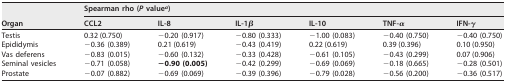
<table><thead><tr><td rowspan="2"><b>Organ</b></td><td colspan="6"><b>Spearman rho (<i>P</i> value<sup><i>a</i></sup>)</b></td></tr><tr><td><b>CCL2</b></td><td><b>IL-8</b></td><td><b>IL-1β</b></td><td><b>IL-10</b></td><td><b>TNF-α</b></td><td><b>IFN-γ</b></td></tr></thead><tbody><tr><td>Testis</td><td>0.32 (0.750)</td><td>−0.20 (0.917)</td><td>−0.80 (0.333)</td><td>−1.00 (0.083)</td><td>−0.40 (0.750)</td><td>−0.40 (0.750)</td></tr><tr><td>Epididymis</td><td>−0.36 (0.389)</td><td>0.21 (0.619)</td><td>−0.43 (0.419)</td><td>0.22 (0.619)</td><td>0.39 (0.396)</td><td>0.10 (0.950)</td></tr><tr><td>Vas deferens</td><td>−0.83 (0.015)</td><td>−0.60 (0.132)</td><td>−0.33 (0.428)</td><td>−0.61 (0.105)</td><td>−0.43 (0.299)</td><td>0.07 (0.906)</td></tr><tr><td>Seminal vesicles</td><td>−0.71 (0.058)</td><td><b>−0.90 (0.005)</b></td><td>−0.42 (0.299)</td><td>−0.69 (0.069)</td><td>−0.18 (0.665)</td><td>−0.28 (0.501)</td></tr><tr><td>Prostate</td><td>−0.07 (0.882)</td><td>−0.69 (0.069)</td><td>−0.39 (0.396)</td><td>−0.79 (0.028)</td><td>−0.56 (0.200)</td><td>−0.36 (0.517)</td></tr></tbody></table>